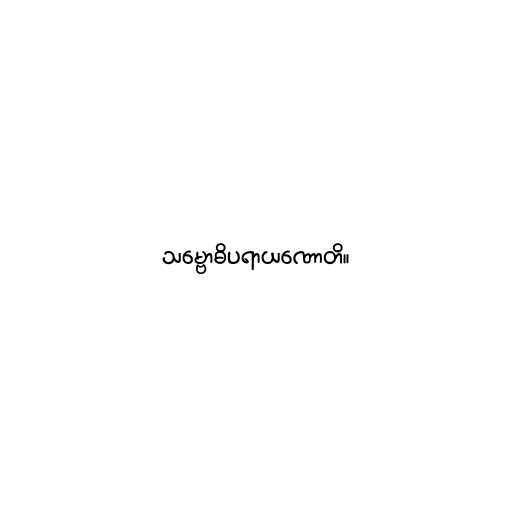
သမ္ဗောဓိပရာယဏောတိ။